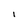
Character: I